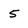
Character: 5